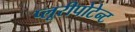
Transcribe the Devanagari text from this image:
प्लूरीपोटेन्ट